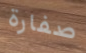
صفارة